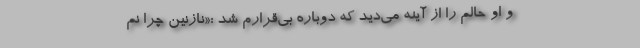
و او حالم را از آینه می‌دید که دوباره بی‌قرارم شد :«نازنین چرا نم